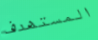
المستهدف